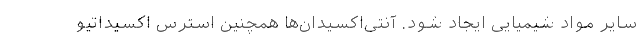
سایر مواد شیمیایی ایجاد شود. آنتی‌اکسیدان‌ها همچنین استرس اکسیداتیو